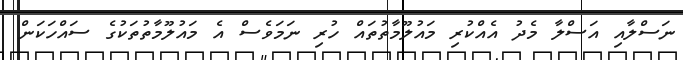
ނަސްލާއި އަސްލާ މެދު އެއްކުރި މައުލޫމާތުތައް ހުރި ނަމަވެސް އެ މައުލޫމާތުތަކުގެ ސައްހަކަން